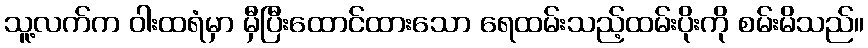
သူ့လက်က ဝါးထရံမှာ မှီပြီးထောင်ထားသော ရေထမ်းသည့်ထမ်းပိုးကို စမ်းမိသည်။